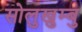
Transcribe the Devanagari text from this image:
सोलुखुम्बु